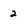
Character: 2